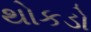
થોકડો